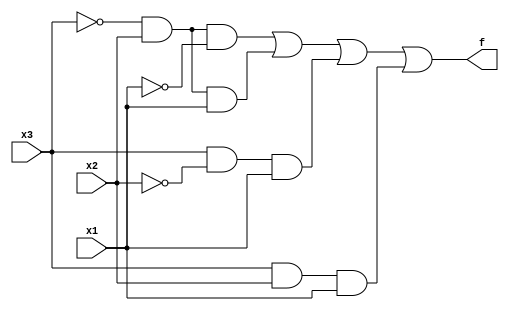
module top_module (
	input x3,
	input x2,
	input x1,
	output f
);
	// This truth table has four minterms. 
	assign f = ( ~x3 & x2 & ~x1 ) | 
				( ~x3 & x2 & x1 ) |
				( x3 & ~x2 & x1 ) |
				( x3 & x2 & x1 ) ;
				
	// It can be simplified, by boolean algebra or Karnaugh maps.
	// assign f = (~x3 & x2) | (x3 & x1);
	
	// You may then notice that this is actually a 2-to-1 mux, selected by x3:
	// assign f = x3 ? x1 : x2;
	
endmodule